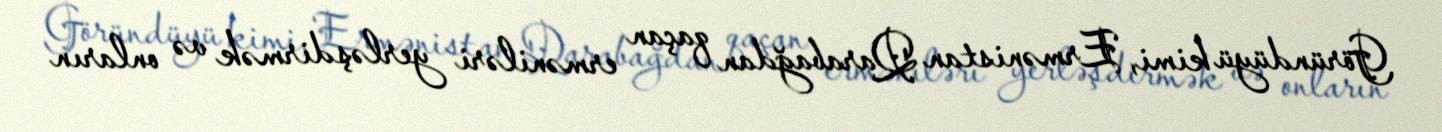
Göründüyü kimi, Ermənistan Qarabağdan qaçan erməniləri yerləşdirmək və onların